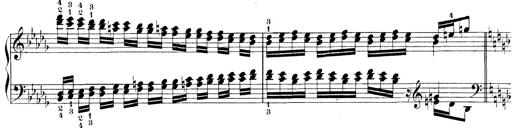
Title: Technische Studien
Composer: Franz Liszt